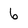
Character: 6